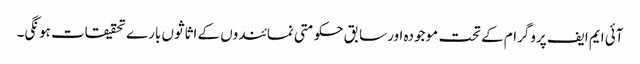
آئی ایم ایف پروگرام کے تحت موجودہ اور سابق حکومتی نمائندوں کے اثاثوں بارے تحقیقات ہونگی۔